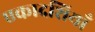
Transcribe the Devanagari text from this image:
एकादशियाँ